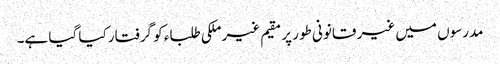
مدرسوں میں غیر قانونی طور پر مقیم غیر ملکی طلباء کو گرفتار کیا گیا ہے۔